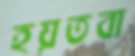
হয়তবা